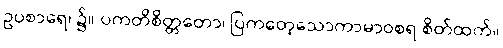
ဥပစာရေ၊ ၌။ ပကတိစိတ္တတော၊ ပြကတေ့သောကာမာဝစရ စိတ်ထက်။